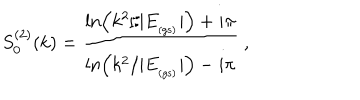
LaTeX: S _ { 0 } ^ { ( 2 ) } ( k ) = \frac { \ln \left( k ^ { 2 } / | E _ { _ \mathrm { ( g s ) } } | \right) + i \pi } { \ln \left( k ^ { 2 } / | E _ { _ \mathrm { ( g s ) } } | \right) - i \pi } \; ,